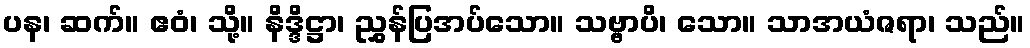
ပန၊ ဆက်။ ဧဝံ၊ သို့။ နိဒ္ဒိဋ္ဌာ၊ ညွှန်ပြအပ်သော။ သဗ္ဗာပိ၊ သော။ သာအယံဇရာ၊ သည်။